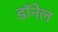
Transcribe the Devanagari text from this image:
डॉनेल